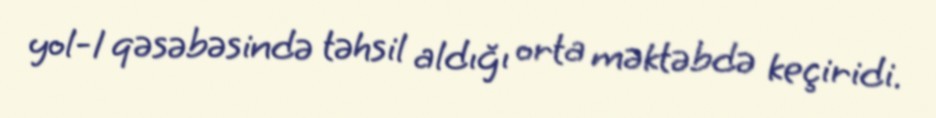
yol-1 qəsəbəsində təhsil aldığı orta məktəbdə keçiridi.